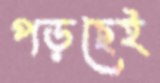
পড়ছেই